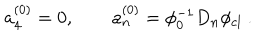
LaTeX: a _ { 4 } ^ { ( 0 ) } = 0 , \qquad a _ { n } ^ { ( 0 ) } = \phi _ { 0 } ^ { - 1 } D _ { n } \phi _ { \mathrm { c l } } \ .